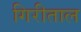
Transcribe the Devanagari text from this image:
गिरीताल